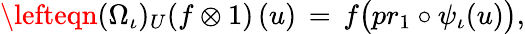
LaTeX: \lefteqn{(\Omega_{\iota})_{U}(f\otimes 1)\, (u)\, =\, f\big(pr_{1}\circ\psi_{\iota}(u)\big),}